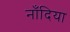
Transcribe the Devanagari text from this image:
नाँदिया